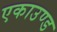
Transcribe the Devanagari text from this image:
एकाउण्ड